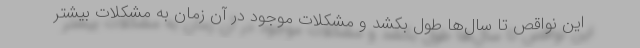
این نواقص تا سال‌ها طول بکشد و مشکلات موجود در آن زمان به مشکلات بیشتر